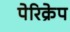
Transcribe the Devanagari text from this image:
पेरिक्रेप